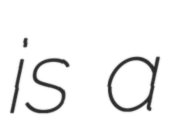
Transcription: is a